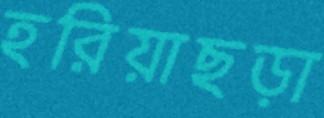
হরিয়াছড়া